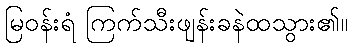
မြဝန်းရံ ကြက်သီးဖျန်းခနဲထသွား၏။